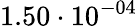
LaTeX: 1.50\cdot 10^{-04}